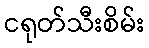
ငရုတ်သီးစိမ်း